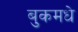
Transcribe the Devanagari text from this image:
बुकमधे